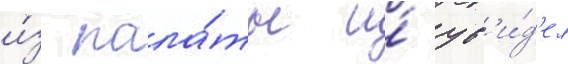
и́з пала́ты и́ ув'и́д'ел